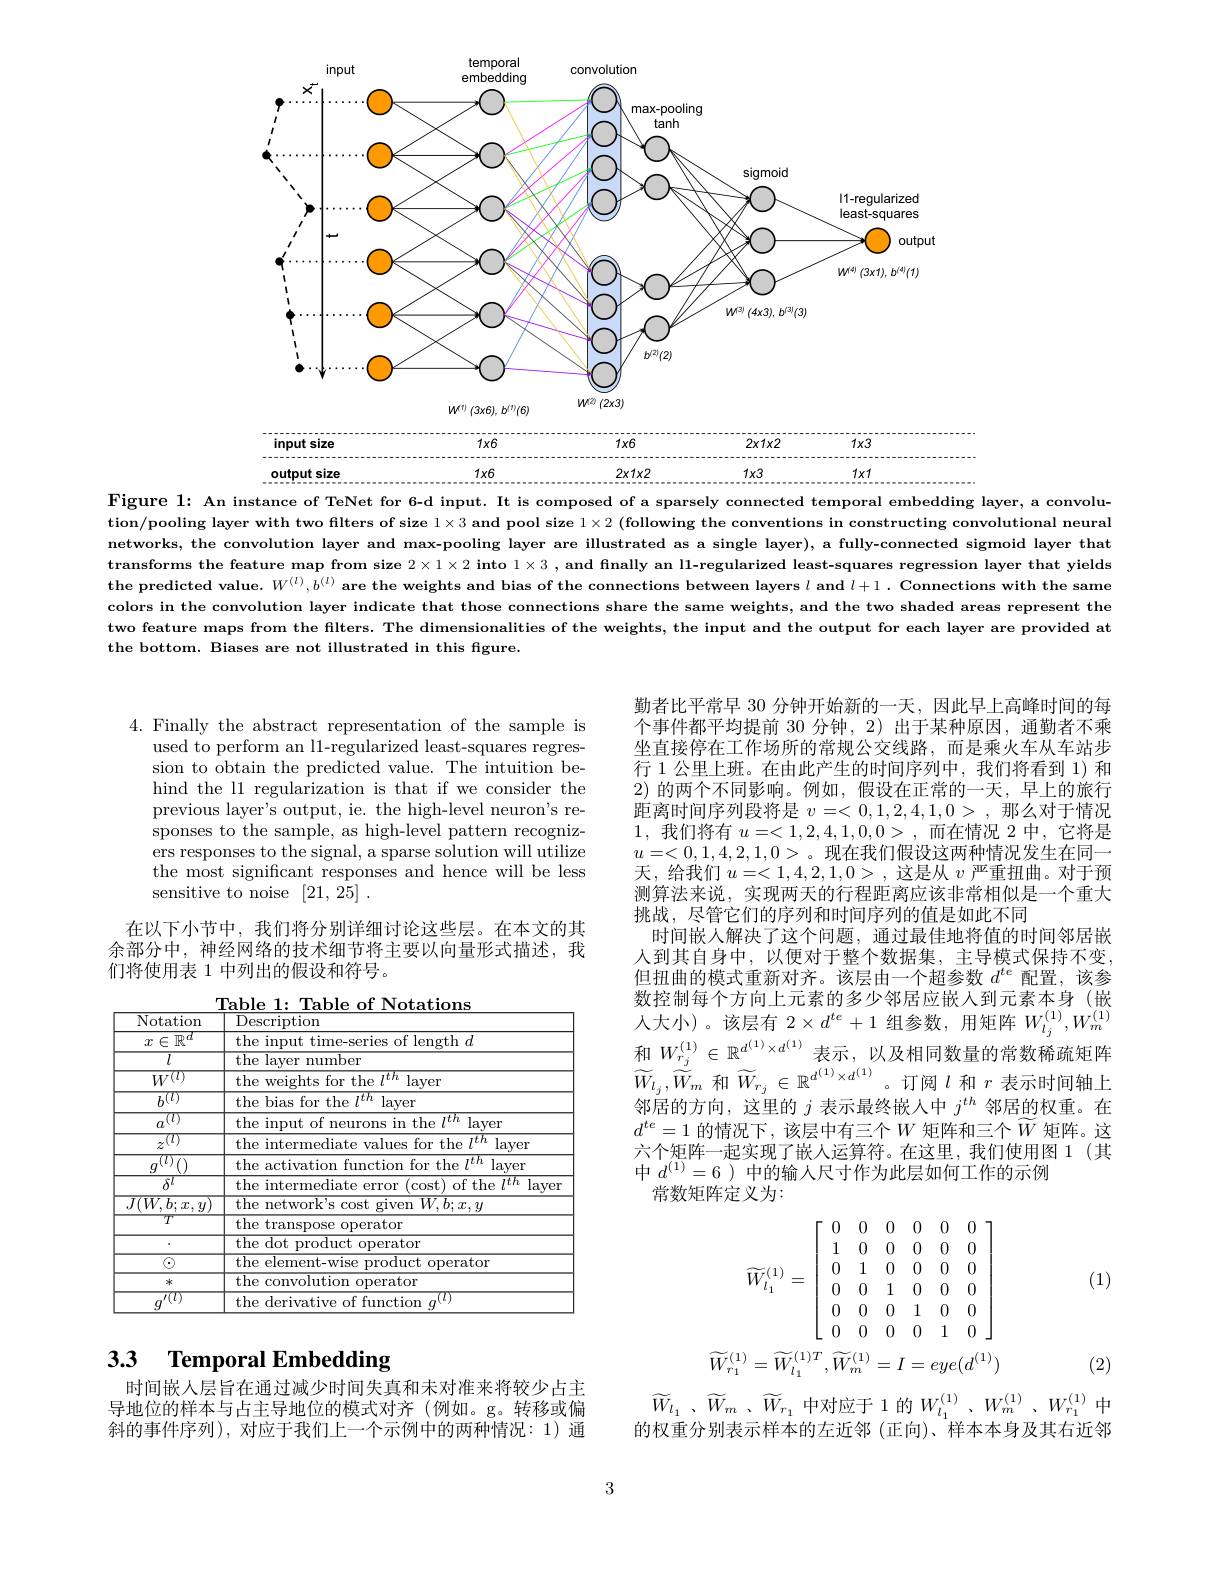
<FigureHere>
$\begin{array}{c}{1\times6}\\{1\times6}\end{array}$
$2x1x2$
input size
$1x6$
$1x3$

$2x1x2$

$1x3$

$1x1$

$1x6$

output size

Figure l: An instance of TeNet for 6-d input. It is composed of a sparsely connected temporal embedding layer, a convolution/pooling layer with two flters of size $1\times3$ and pool size $1\times2$ (following the conventions in constructing convolutional neural networks, the convolution layer and max-pooling layer are illustrated as a single layer), a fully-connected sigmoid layer that transforms the feature map from size $2\times1\times2$ into $1\times3$ , and finally an l1-regularized least-squares regression layer that yields the predicted value. $W^{(l)},b^{(l)}$ are the weights and bias of the connections between layers $l$ and $l+ 1. \textbf{Connections with the same}$ colors in the convolution layer indicate that those connections share the same weights, and the two shaded areas represent the two feature maps from the flters. The dimensionalities of the weights, the input and the output for each layer are provided atwo feature maps thers thers from thers. The dimensionalities of the weights, the input and the output for each layer are prov the bottom. Biases are not illustrated in this figure.

4. Finally the abstract representation of the sample is
used to perform an l1-regularized least-squares regression to obtain the predicted value. The intuition behind the l1 regularization is that if we consider the previous layer's output, ie. the high-level neuron's responses to the sample, as high-level pattern recognizers responses to the signal, a sparse solution will utilize the most significant responses and hence will be less sensitive to noise [21,25].

在以下小节中，我们将分别详细讨论这些层。在本文的其余部分中，神经网络的技术细节将主要以向量形式描述，我们将使用表 1 中列出的假设和符号。

勤者比平常早 30 分钟开始新的一天，因此早上高峰时间的每个事件都平均提前 30 分钟，2)出于某种原因 ,通勤者不乘坐直接停在工作场所的常规公交线路，而是乘火车从车站步行 1 公里上班。在由此产生的时间序列中，我们将看到 1)和2)的两个不同影响。例如，假设在正常的一天，早上的旅行距离时间序列段将是$v=<0,1,2,4,1,0>$,那么对于情况1,我们将有$u=<1,2,4,1,0,0>$,而在情况 2 中，它将是$u=<0,1,4,2,1,0>$。现在我们假设这两种情况发生在同一天，给我们$u=<1,4,2,1,0>$,这是从$v$严重扭曲。对于预测算法来说，实现两天的行程距离应该非常相似是一个重大挑战，尽管它们的序列和时间序列的值是如此不同
时间嵌人解决了这个问题，通过最佳地将值的时间邻居嵌人到其自身中，以便对于整个数据集，主导模式保持不变但扭曲的模式重新对齐。该层由一个超参数$d^te$配置，该参数控制每个方向上元素的多少邻居应嵌人到元素本身(嵌人大小)。该层有$2\times d^te+1$组参数，用矩阵$W_l_j^{(1)},W_m^{(1)}$ 和 $W_{r_j}^{(1)}\in\mathbb{R}^{d^{(1)}\times d^{(1)}}$表示，以及相同数量的常数稀疏矩阵$\widetilde{W}_{l_{j}},\widetilde{W}_{m}$ 和$\widetilde{W}_{r_{j}}\in\mathbb{R}^{d^{(1)}\times d^{(1)}}$。订阅$l$ 和 $r$ 表示时间轴上邻居的方向，这里的$j$表示最终嵌人中$j^th$邻居的权重。在$d^{te}=1$ 的情况下，该层中有三个$W$ 矩阵和三个$\widetilde W$ 矩阵。这六个矩阵一起实现了嵌人运算符。在这里，我们使用图 1(其中$d^{(1)}=6$ )中的输人尺寸作为此层如何工作的示例
常数矩阵定义为：

<table>
	<tbody>
		<tr>
			<th>Notation</th>
			<th>$\overline{{\mathrm{Description}}}$</th>
		</tr>
		<tr>
			<td>$x\in\mathbb{R}^{u}$</td>
			<td>the length $1d$</td>
		</tr>
		<tr>
			<td>$\overline{l}$</td>
			<td>${\mathrm{the~layer}}$ number</td>
		</tr>
		<tr>
			<td>$W^{(l)}$</td>
			<td>the $th$ layer</td>
		</tr>
		<tr>
			<td>$\overline{b^{(l)}}$</td>
			<td>the l $ER$ layer</td>
		</tr>
		<tr>
			<td>$\overline{a^{(l)}}$</td>
			<td>Ith the the layer</td>
		</tr>
		<tr>
			<td>$z^{(l)}$</td>
			<td>the yer</td>
		</tr>
		<tr>
			<td> </td>
			<td>$7er$</td>
		</tr>
		<tr>
			<td>$\overline{\delta^l}$</td>
			<td> </td>
		</tr>
		<tr>
			<td>$Tf$ $W$ $b:$ $\mathcal{T}$, 1 $u$</td>
			<td>$W,b;x,y$ the e networ S COS wen</td>
		</tr>
		<tr>
			<td>$TT$</td>
			<td>the transp perator</td>
		</tr>
		<tr>
			<td> </td>
			<td>the dot operator $11r$</td>
		</tr>
		<tr>
			<td>$\textcircled{1}$</td>
			<td>the elem operator</td>
		</tr>
		<tr>
			<td>冰</td>
			<td>the ution $\overline{\mathrm{operator}}$ COMX</td>
		</tr>
		<tr>
			<td>$\overline{I^{\prime}(l)}$</td>
			<td>$7(l)$ the $0n$</td>
		</tr>
	</tbody>
</table>

(1)
$$\left.\widetilde{W}_{l_{1}}^{(1)}=\left[\begin{array}{cccccc}0&0&0&0&0&0\\1&0&0&0&0&0\\0&1&0&0&0&0\\0&0&1&0&0&0\\0&0&0&1&0&0\\0&0&0&0&1&0\end{array}\right.\right]\\\widetilde{W}_{r_{1}}^{(1)}=\widetilde{W}_{l_{1}}^{(1)T},\widetilde{W}_{m}^{(1)}=I=eye(d^{(1)})$$
# 3.3 Temporal Embedding

(2)

时间嵌人层旨在通过减少时间失真和未对准来将较少占主导地位的样本与占主导地位的模式对齐(例如。g。转移或偏斜的事件序列),对应于我们上一个示例中的两种情况：1)通

$\widetilde{W} _{l_{1}}$ , $\widetilde{W} _{m}$ $、 \widetilde{W} _{r_{1}}$ 中对应于1的$W_l_{1}^{(1)}\:,W_{m}^{(1)}\:,W_{r_{1}}^{(1)}\:$中的权重分别表示样本的左近邻 (正向)、样本本身及其右近邻

3